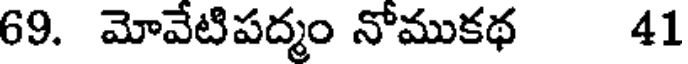
69. మోవేటిపద్మం నోముకథ 41